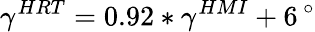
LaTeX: \gamma^{HRT}=0.92\ast\gamma^{HMI}+6\, ^{\circ}